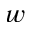
w